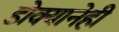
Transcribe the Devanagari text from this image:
डोक्यानेही